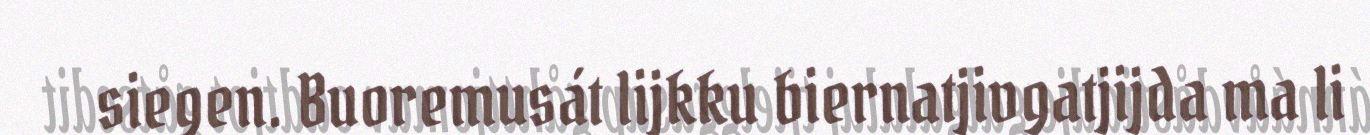
siegen. Buoremusát lijkku biernatjivgatjijda ma li